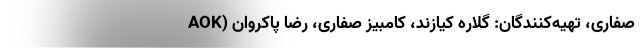
صفاری، تهیه‌کنندگان: گلاره کیازند، کامبیز صفاری، رضا پاکروان (AOK